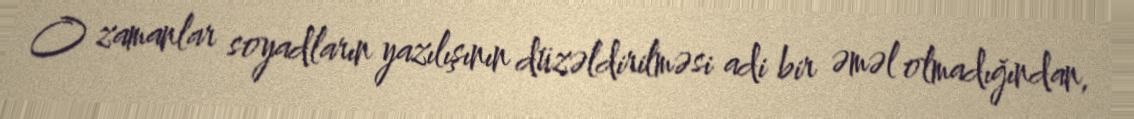
O zamanlar soyadların yazılışının düzəldirilməsi adi bir əməl olmadığından,